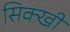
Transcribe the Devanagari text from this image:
सिक्खी